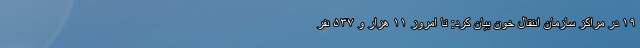
۱۹ در مراکز سازمان انتقال خون بیان کرد: تا امروز ۱۱ هزار و ۵۳۷ نفر